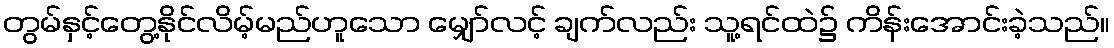
တွမ်နှင့်တွေ့နိုင်လိမ့်မည်ဟူသော မျှော်လင့် ချက်လည်း သူ့ရင်ထဲ၌ ကိန်းအောင်းခဲ့သည်။